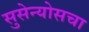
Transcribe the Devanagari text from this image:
सुसेन्योसचा